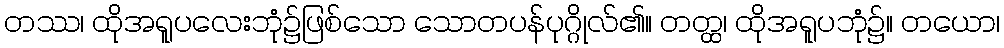
တဿ၊ ထိုအရူပလေးဘုံ၌ဖြစ်သော သောတပန်ပုဂ္ဂိုလ်၏။ တတ္ထ၊ ထိုအရူပဘုံ၌။ တယော၊